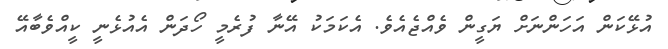
އުޅޭކަން އަހަންނަށް ޔަގީން ވެއްޖެއެވެ. އެކަމަކު އޭނާ ފުރެމީ ހޯދަން އެއުޅެނީ ކީއްވެބާއޭ